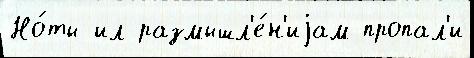
Но́ты ил размышл'е́н'иjам пропал'и